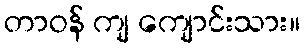
တာဝန် ကျ ကျောင်းသား။